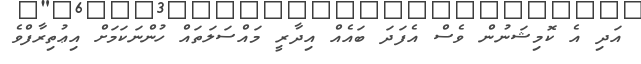
އަދި އެ ކޮމިޝަނުން ވެސް އެފަދަ ބައެއް އިދާރީ މައްސަލަތައް ހުންނަކަމަށް އިޢުތިރާފްވެ